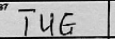
Transcription: TUG